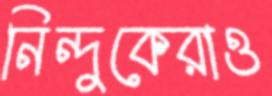
নিন্দুকেরাও